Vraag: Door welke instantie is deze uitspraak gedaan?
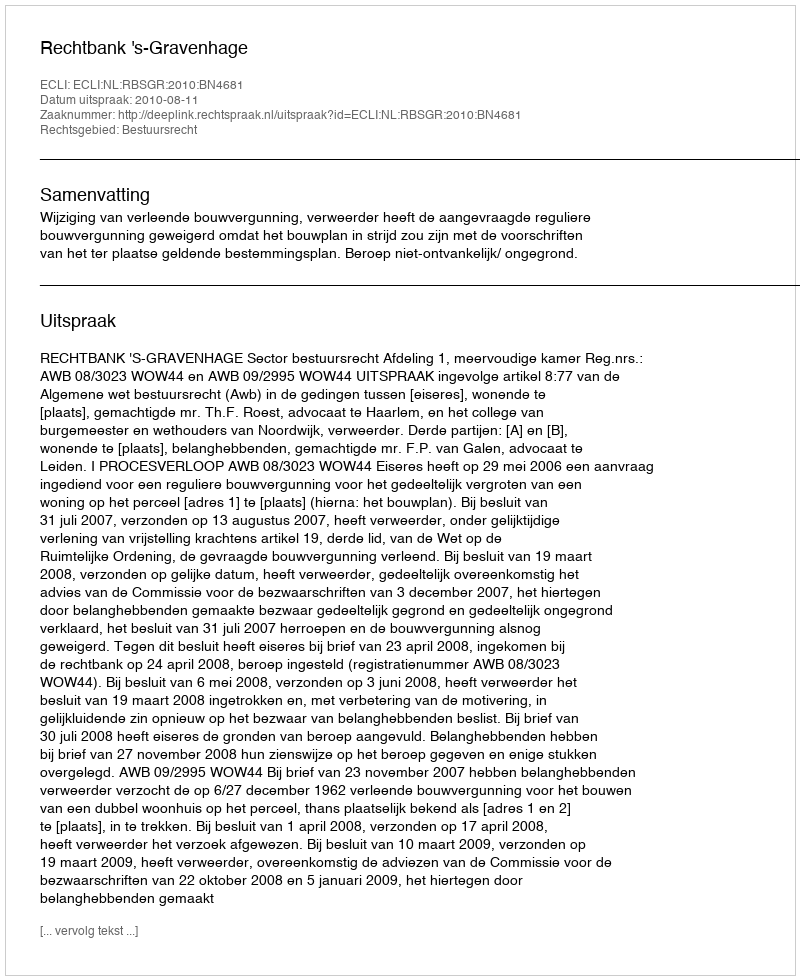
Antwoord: Rechtbank 's-Gravenhage